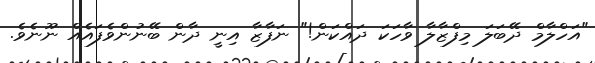
"އަހްލާމް ދޭބަލަ މިފްޒާލާ ވާހަކަ ދައްކަން!" ނަފާޒާ އިނީ ދާން ބޭނުންވެފައެއް ނޫނެވެ.